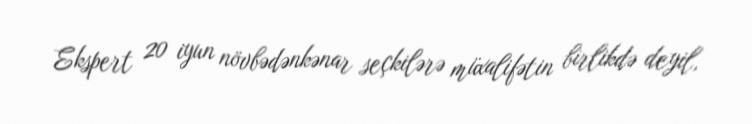
Ekspert 20 iyun növbədənkənar seçkilərə müxalifətin birlikdə deyil,